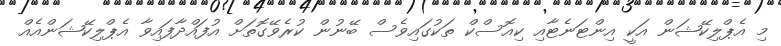
މި އެޕްލިކޭޝަން އަކީ އިންޓަނެޓާއި ކިއޮސްކް ތަކުގައިވެސް ބޭނުން ކުރެވޭގޮތަށް އުފައްދާފައިވާ އެޕްލިކޭޝަންއެއް